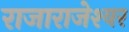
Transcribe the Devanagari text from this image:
राजाराजेश्‍वर